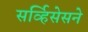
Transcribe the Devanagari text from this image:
सर्व्हिसेसने